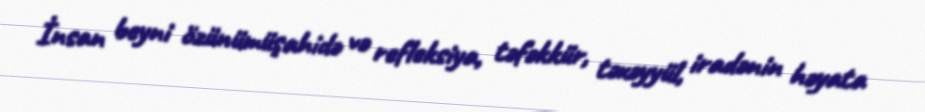
İnsan beyni özünümüşahidə və refleksiya, təfəkkür, təxəyyül, iradənin həyata